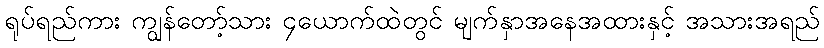
ရုပ်ရည်ကား ကျွန်တော့်သား ၄ယောက်ထဲတွင် မျက်နှာအနေအထားနှင့် အသားအရည်